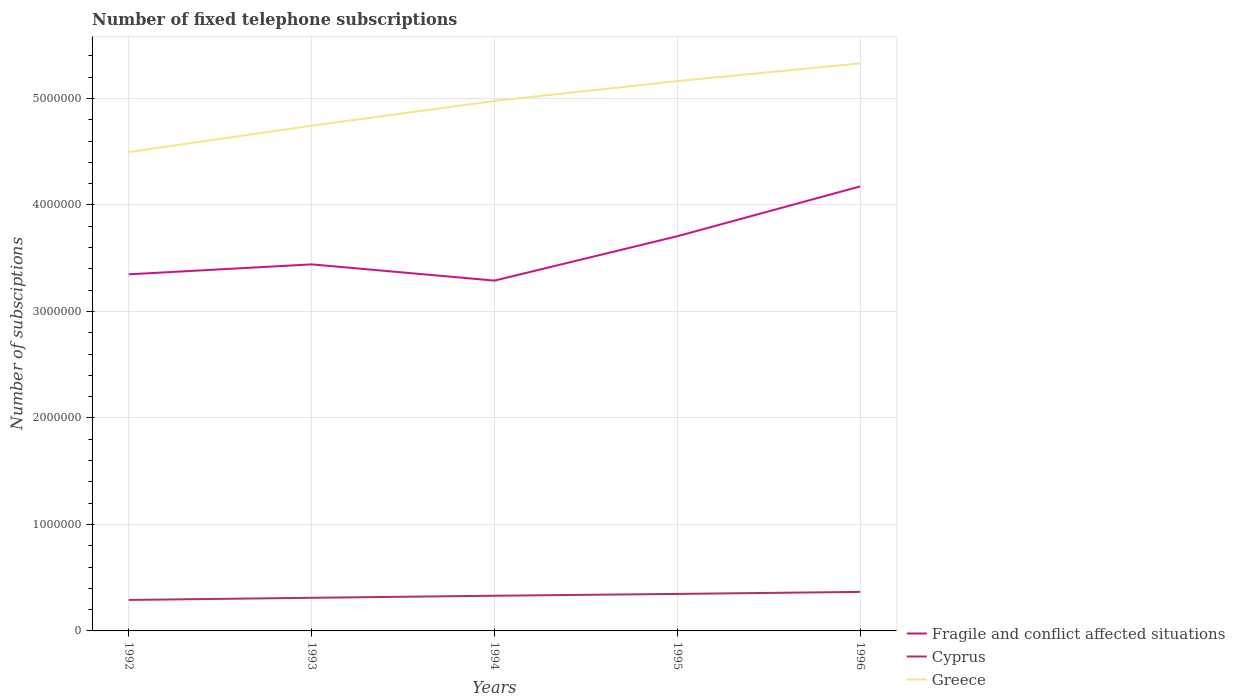
| Years | Fragile and conflict affected situations | Cyprus | Greece |
 | --- | --- | --- | --- |
 | 1992 | 3.35e+06 | 2.91e+05 | 4.5e+06 |
 | 1993 | 3.44e+06 | 3.11e+05 | 4.74e+06 |
 | 1994 | 3.29e+06 | 3.3e+05 | 4.98e+06 |
 | 1995 | 3.71e+06 | 3.47e+05 | 5.16e+06 |
 | 1996 | 4.17e+06 | 3.66e+05 | 5.33e+06 |